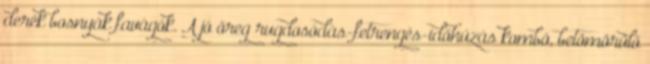
derék bosnyák favágók. A jó öreg rugdosódás-fetrengés-időhúzás kombó, betömörülő